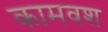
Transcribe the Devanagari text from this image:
कामवश